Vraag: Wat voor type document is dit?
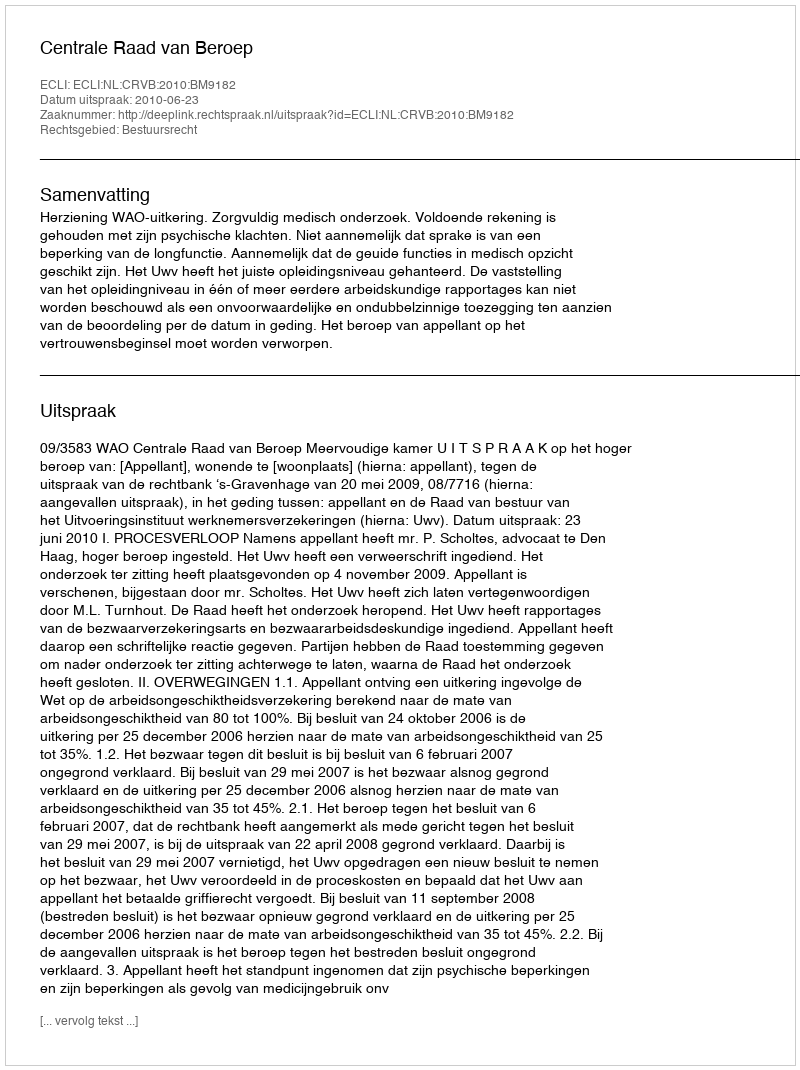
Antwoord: Uitspraak